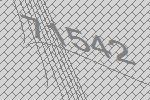
71542